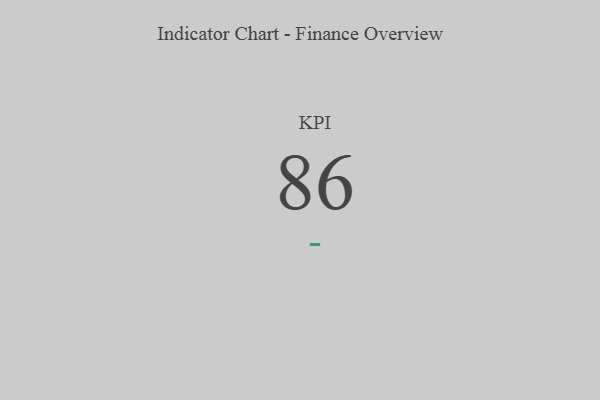
{"axis": {"x": "KPI", "y": "Value"}, "legend": [""], "data": [{"x": "KPI", "y": 86, "type": ""}]}